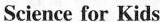
Science for Kids